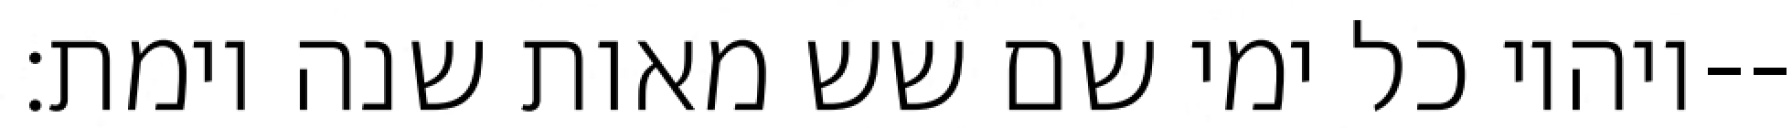
ויהיו כל ימי שם שש מאות שנה וימת׃--